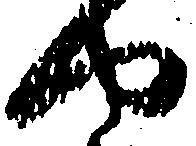
や